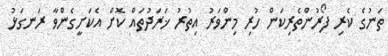
ތަނުގެ ކެރި ފޯރުންތެރިކަން ހުރި މިންވަރު އިތުރު ޚަރަދުތައް ކޮށް އެކަށީގެންވާ ރަނގަޅު